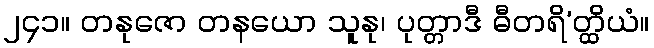
၂၄၁။ တနုဇော တနယော သူနု၊ ပုတ္တာဒီ ဓီတရိ’တ္ထိယံ။